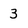
Character: 3